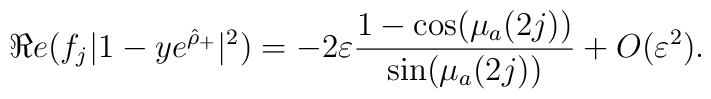
\Re e (f_j |1 - y e^{\hat \rho_{+}}|^2) = -2 \varepsilon\frac{1-\cos(\mu_a(2j))}{\sin(\mu_a(2j))} + O(\varepsilon^2).